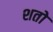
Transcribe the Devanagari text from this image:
शतो